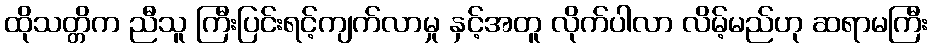
ထိုသတ္တိက ညီသူ ကြီးပြင်းရင့်ကျက်လာမှု နှင့်အတူ လိုက်ပါလာ လိမ့်မည်ဟု ဆရာမကြီး